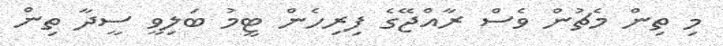
މި ތިން މެޗުން ވެސް ރާއްޖޭގެ ފިރިހެން ޓީމު ބަލިވީ ސީދާ ތިން